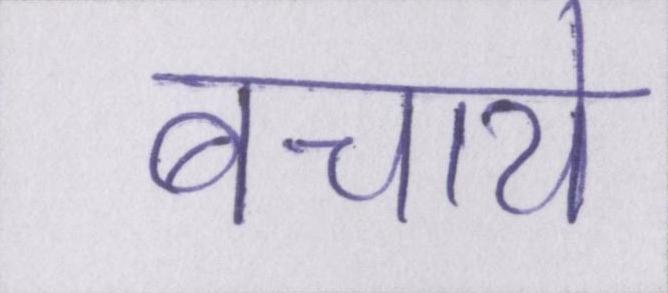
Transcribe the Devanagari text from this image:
बचाये